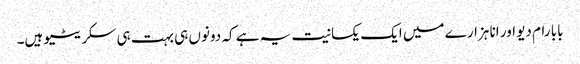
بابا رام دیو اور انا ہزارے میں ایک یکسانیت یہ ہے کہ دونوں ہی بہت ہی سکریٹیو ہیں۔